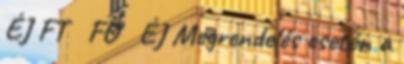
ÉJ FT FŐ ÉJ Megrendelés esetén a